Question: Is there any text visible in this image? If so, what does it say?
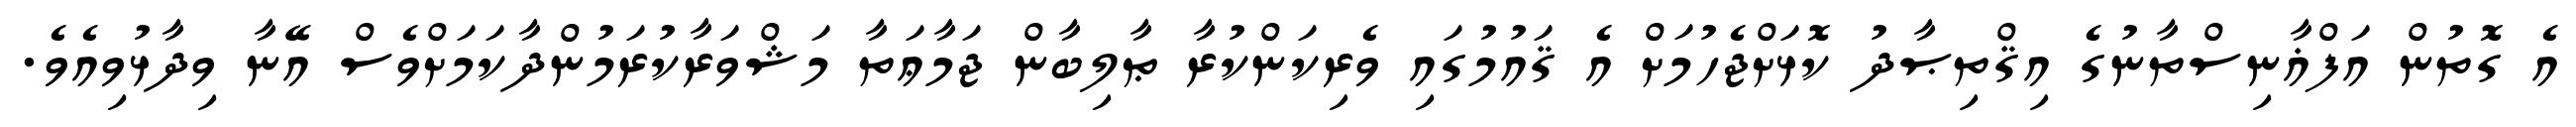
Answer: އެ ގޮތުން އަފްޣާނިސްތާނުގެ އިޤްތިޞާދު ކޮޅަށްޖެހުމަށް އެ ޤައުމުގައި ވެރިކަންކުރާ ޠާލިބާން ޖަމާޢަތާ މަޝްވަރާކުރަމުންދާކަމަށްވެސް އޭނާ ވިދާޅުވިއެވެ.